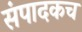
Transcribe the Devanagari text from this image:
संपादकच